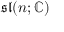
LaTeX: { \mathfrak { s l } } ( n ; \mathbb { C } )